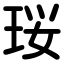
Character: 珱